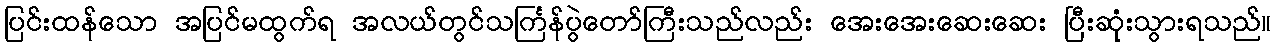
ပြင်းထန်သော အပြင်မထွက်ရ အလယ်တွင်သင်္ကြန်ပွဲတော်ကြီးသည်လည်း အေးအေးဆေးဆေး ပြီးဆုံးသွားရသည်။